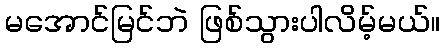
မအောင်မြင်ဘဲ ဖြစ်သွားပါလိမ့်မယ်။